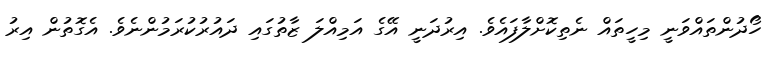
ހޯދުންތައްވަނީ މިހީތައް ނެތިކޮށްލާފައެވެ. އިރުދަނީ އޭގެ އަމިއްލަ ޒާތުގައި ދައުރުކުރަމުންނެވެ. އެގޮތުން އިރު